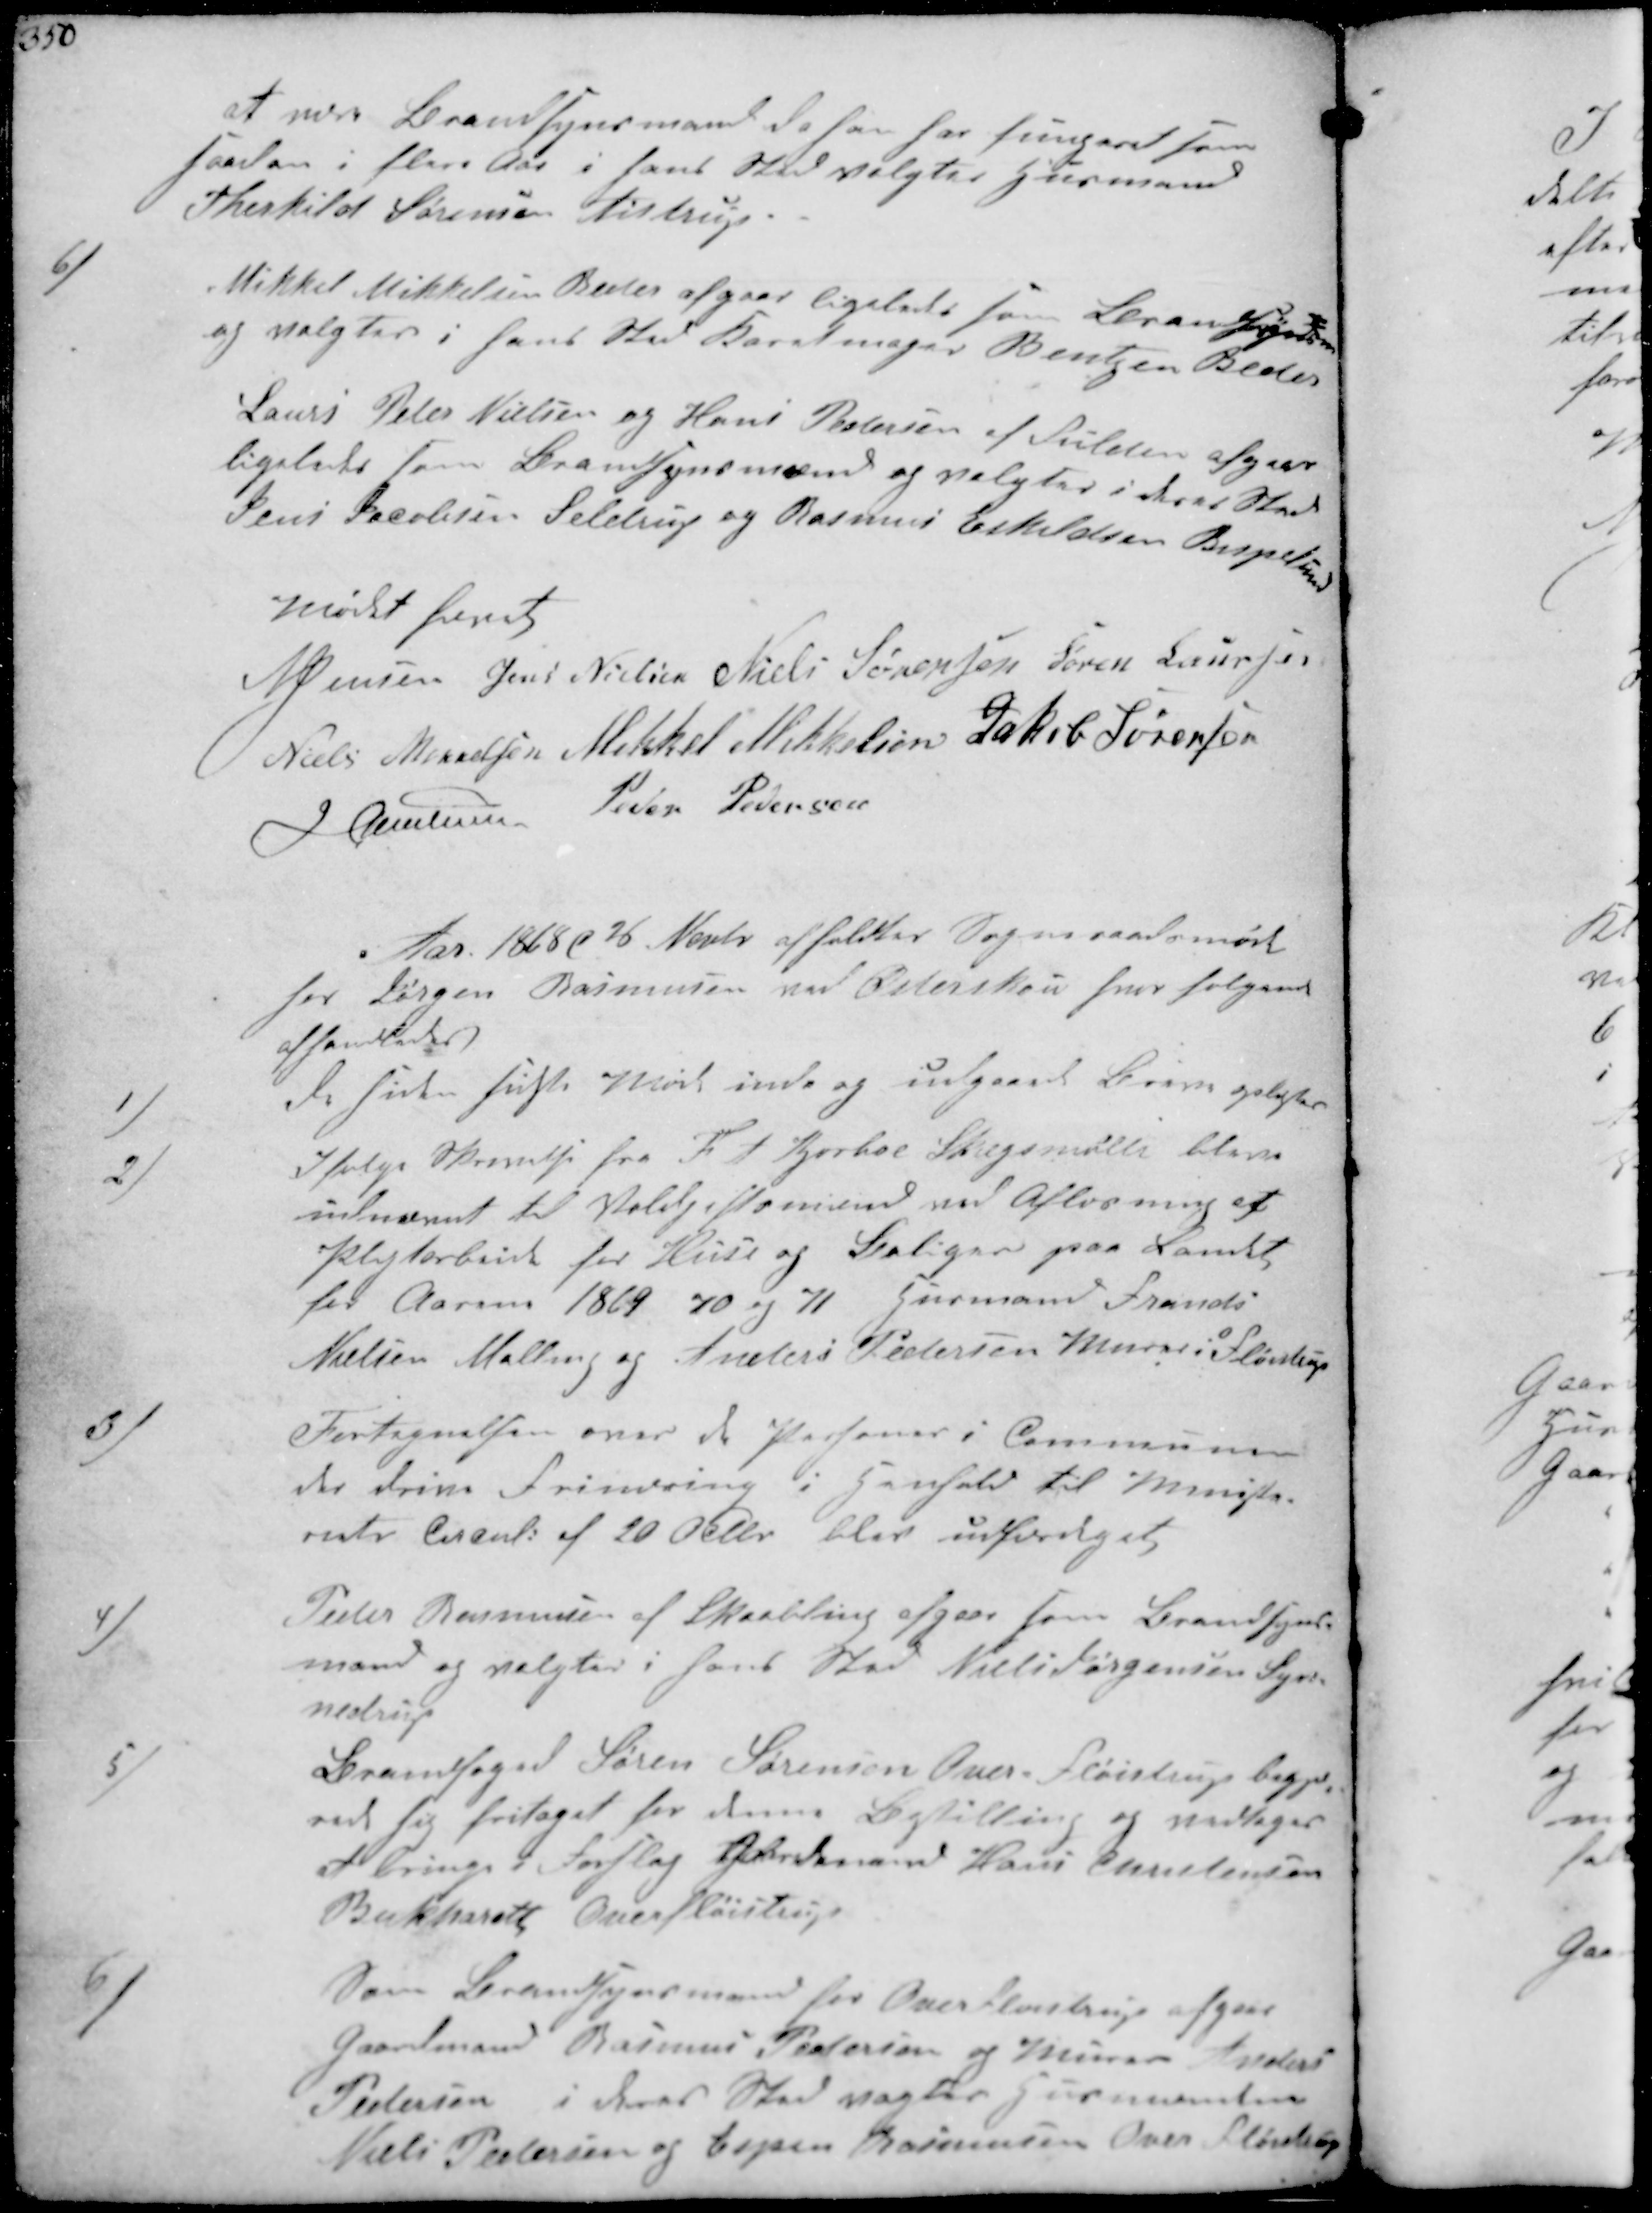
Transskription:
at være Brandsynsmand da han har fungeret som
saadan i flere Aar i hans Sted valgtes Husmand
Therkild Sørensen Aistrup

6/
Mikkel Mikkelsen Beder afgaar ligeledes som Brandsynsm
og valgtes i hans Sted Karetmager Bentzen Beder
Laurs Peter Nielsen og Hans Pedersen af Fulden afgaar
ligeledes som Brandsynsmænd og valgtes i deres Sted
Jens Jacobsen Seldrup og Rasmus Eskildsen Bispelund
Mødet hævet
N Jensen Jens Nielsen Niels Sørensen Søren Laursen
Niels Mikkelsen Mikkel Mikkelsen Jakob Sørensen
J Christensen Peder Pedersen

Aar 1868 d 26 Nov afholdtes Sogneraadsmøde 
hos Jørgen Rasmussen ved Østerskov hvor følgende
afhandledes
1/
de siden sidste Møde ind og udgaaede Breve oplæstes
2/
Ifølge Skrivelse fra Th A Kjerboe Skegsmølle bleve
udnævnt til Voldgiftsmænd ved Afløsning af
Pligtarbeide hos Huse og Boliger paa Landet
for Aarene 1869 70 og 71 Husmand Frands
Nielsen Malling og Anders Pedersen Murer i Fløistrup
3/
Fortegnelsen over de Personer i Kommunen
der drive Frindring i henhold til Ministe-
riets Circul af 20 Octbr blev udfærdiget 
4/
Peder Rasmussen af Skaabling afgaar som Brandsyns-
mand og valgtes i hans Sted Niels Jørgensen Syn-
nedrup
5/
Brandfoged Søren Sørensen Over Fløistrup begjæ-
rede sig fritage for denne Bestilling og vedtoges
bringe i Forslag Gaardmand Hans Christensen
Bakkehuset Overfløistrup
6/
Som Brandsynsmand for Overfløistrup afgaar
Gaardmand Rasmus Pedersen og Murer Anders
Pedersen i deres Sted vagtes Gaardmændene
Niels Pedersen og Espen Rasmussen Over Fløjstrup